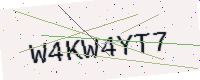
Text: W4KW4YT7